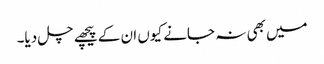
میں بھی نہ جانے کیوں ان کے پیچھے چل دیا۔